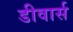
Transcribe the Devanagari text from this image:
डीवार्स